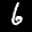
Label: 6